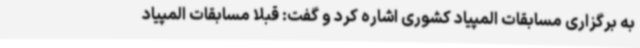
به برگزاری مسابقات المپیاد کشوری اشاره کرد و گفت: قبلا مسابقات المپیاد